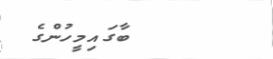
ބާގައިމީހުންގެ